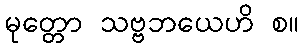
မုတ္တော သဗ္ဗဘယေဟိ စ။